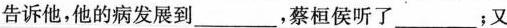
告诉他，他的病发展到___，蔡桓侯听了___；又